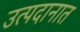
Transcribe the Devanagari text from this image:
उत्पदानात